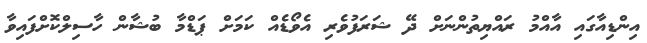
އިންޑިއާގައި އާއްމު ރައްޔިތުންނަށް ދޭ ޝަރަފުވެރި އެވޯޑެއް ކަމަށް ޕަޑްމާ ބުޝާން ހާސިލްކޮށްފައިވާ